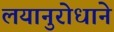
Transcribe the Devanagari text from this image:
लयानुरोधाने